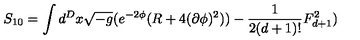
S _ { 1 0 } = \int d ^ { D } x \sqrt { - g } ( e ^ { - 2 \phi } ( R + 4 ( \partial \phi ) ^ { 2 } ) ) - \frac { 1 } { 2 ( d + 1 ) ! } F _ { d + 1 } ^ { 2 } )